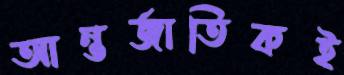
আন্তর্জাতিকই